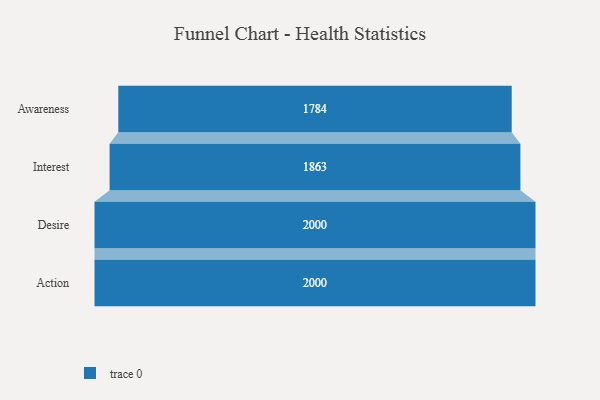
{"axis": {"x": "Stage", "y": "Value"}, "legend": [""], "data": [{"x": "Awareness", "y": 1784.0, "type": ""}, {"x": "Interest", "y": 1863.0, "type": ""}, {"x": "Desire", "y": 2000, "type": ""}, {"x": "Action", "y": 2000, "type": ""}]}